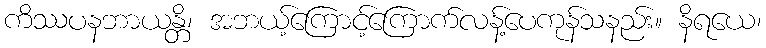
ကိဿပနဘာယန္တိ၊ အဘယ့်ကြောင့်ကြောက်လန့်ပေကုန်သနည်း။ နိရယေ၊